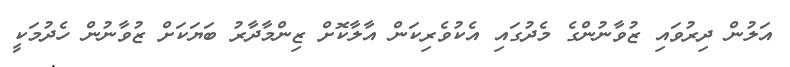
އަލުން ދިރުވައި ޒުވާނުންގެ މެދުގައި އެކުވެރިކަން އާލާކޮށް ޒިންމާދާރު ބަޔަކަށް ޒުވާނުން ހެދުމަކީ